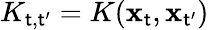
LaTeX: K_{\mathsf{t},\mathsf{t}^{\prime}}=K(\mathbf{x}_{\mathsf{t}},\mathbf{x}_{\mathsf{t}^{\prime}})